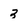
Character: 3